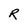
Character: R